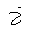
Letter: _kha